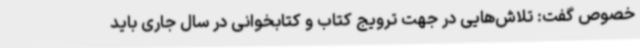
خصوص گفت: تلاش‌هایی در جهت ترویج کتاب و کتابخوانی در سال جاری باید